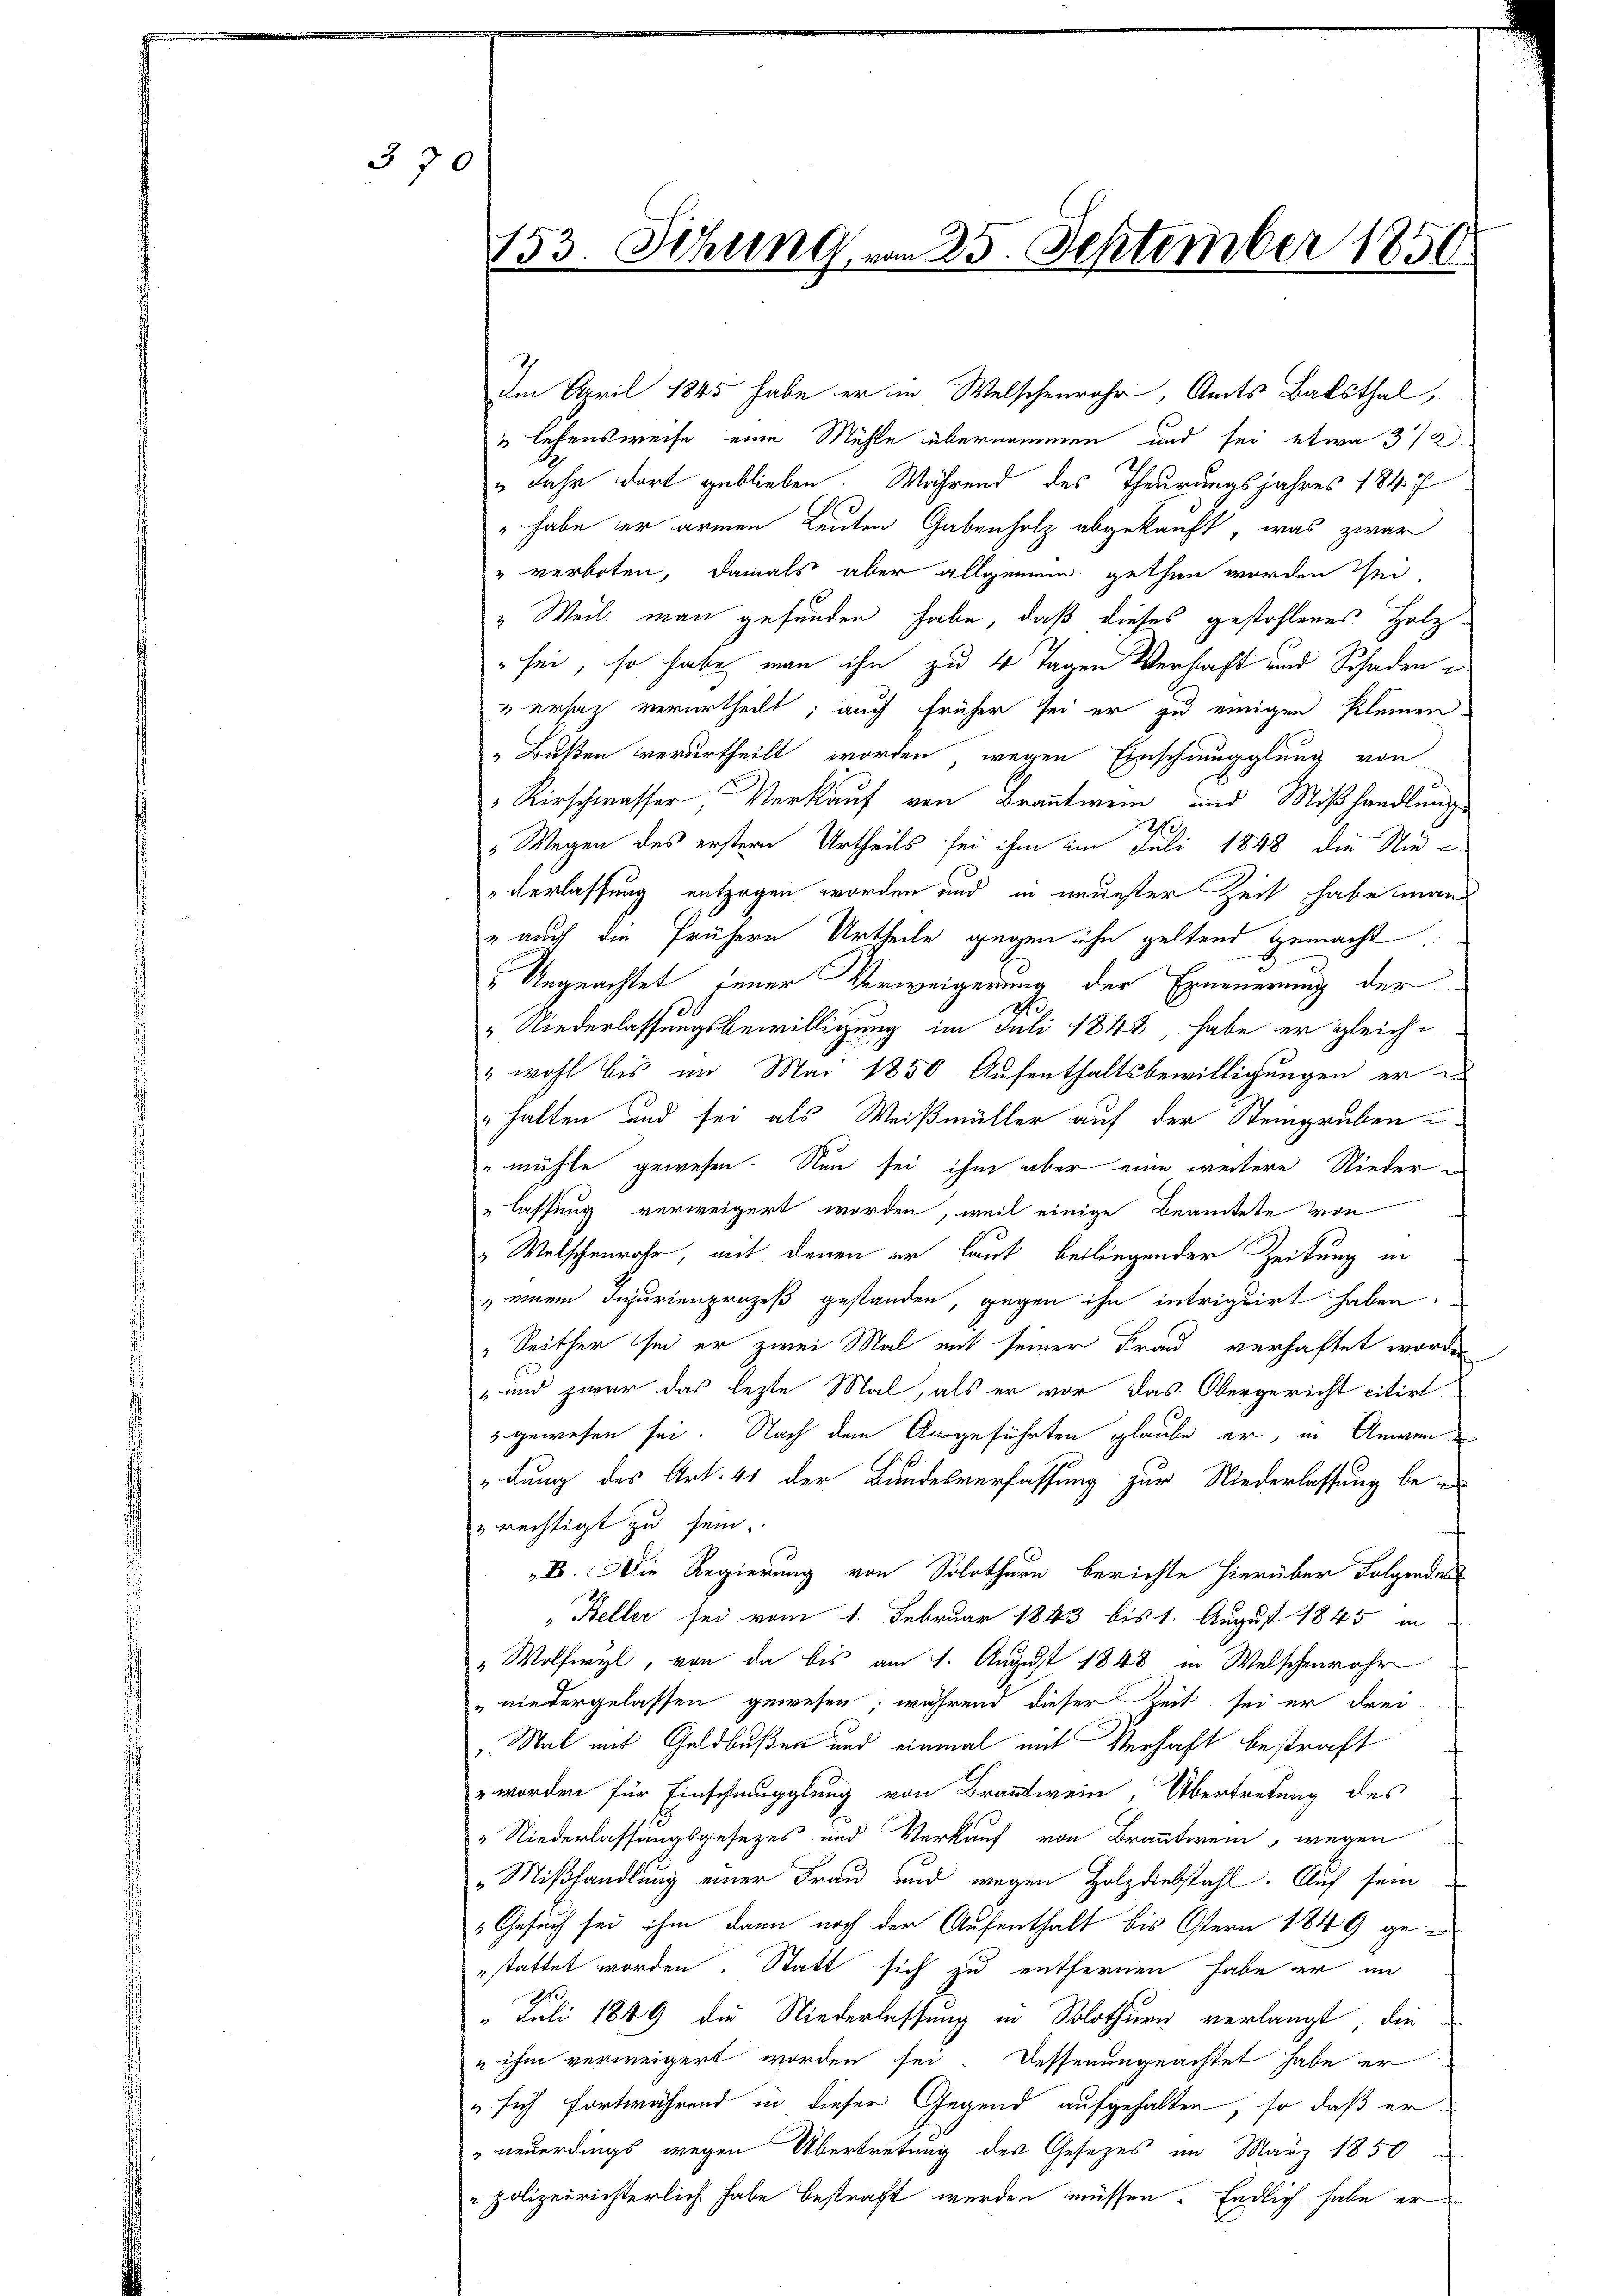
376

153. Sitzung vom 25. September 1856

Im April 1845 habe er in Welschenrohr, Amts Balsthal,
u lehensweise eine Mühle übernommen und sei etwa 372.
" Jahr dort geblieben. Während des Theurungsjahres 1847
" habe der armen Leuten Gabenholz abgekauft, was zwar
" verboten, damals aber allgemein gethan worden sei.
" Weil man gefunden habe, daß dieses gestohlenes Holz-
sei, so habe man ihn zu 4 Tagen Verhaft und Schaden
ersaz verurtheilt; auch früher sei er zu einigen kleinen-
" Bußen verurtheilt worden wegen Einschmugglung von
Kirschwasser Verkauf von Branntwein und Mißhandlung
2
„Wegen des erstern Urtheils sei ihm am Juli 1848 die Nieverlassung entzogen worden und in neuester Zeit habe man
" auch die frühern Urtheile gegen ihn geltend gemacht
" Ungeachtet, jener Verweigerung der Erneuerung der
“ Niederlassungsbewilligung im Juli 1848, habe er gleich¬
" wohl bis im Mai 1850 Aufenthaltsbewilligungen er
halten und sei als Weißmüller auf der Steingruben
mühle gewesen. Nun sei ihm aber eine weitere Nieder¬
"lassung verweigert worden, weil einige Beamtete von
Welschenrohr, mit denen er laut beiliegender Zeitung in
" einem Injurienprozeß gestanden, gegen ihn intriguirt haben.
" Seither sei er zwei Mal mit seiner Frau verhaftet worden
" und zwar das lezte Mal, als er vor das Obergericht citirt
gewesen sei. Nach dem Ausgeführten glaube er, in Anwen
dung des Art. 41 der Bundesverfassung zur Niederlassung be¬
& rechtigt zu sein.
E. Die Regierung von Solothurn berichte hierüber Folgendes
"Keller sei vom 1. Februar 1843 bis 1. August 1845 in
" Wolfwyl, von da bis am 1. August 1848 in Welschenrohr
"niedergelassen gewesen; während dieser Zeit sei er drei
Wal mit Geldbußen und einmal mit Verhaft bestraft
" worden für Einschmugglung von Branntwein, Übertretung des
„Niederlassungsgesezes und Verkauf von Branntwein, wegen
„Mißhandlung einer Frau und wegen Holzdiebstahl. Auf sein
Gesuch sei ihm dann noch der Aufenthalt bis Ostern 1849 gestattet worden. Statt sich zu entfernen habe er in
„ Juli 1849 die Niederlassung in Solothurn verlangt, die
 ihm verweigert worden sei. Dessenungeachtet habe er
" sich fortwährend in dieser Gegend aufgehalten, so daß er
 neuerdings wegen Übertretung des Gesetzes im März 1850
polizeirichterlich habe bestraft werden müssen. Endlich habe er